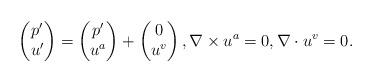
LaTeX: \begin{align*}\begin{pmatrix}p' \\u'\end{pmatrix}=\begin{pmatrix}p' \\u^a\end{pmatrix}+\begin{pmatrix}0 \\u^v\end{pmatrix},\nabla \times u^a=0, \nabla \cdot u^v=0.\end{align*}